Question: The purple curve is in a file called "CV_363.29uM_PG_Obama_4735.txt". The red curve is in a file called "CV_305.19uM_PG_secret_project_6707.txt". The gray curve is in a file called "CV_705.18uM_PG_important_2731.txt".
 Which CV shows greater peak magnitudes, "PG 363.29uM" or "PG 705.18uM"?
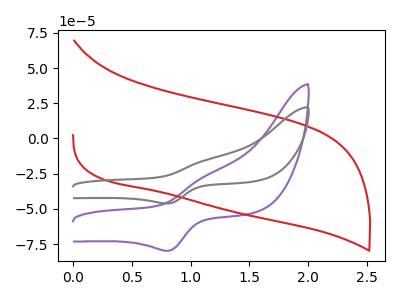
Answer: <think>The purple curve "PG 363.29uM" has an anodic peak at (1.10V, -27.15uA) and a cathodic peak at (0.80V, -79.70uA). The red curve "PG 305.19uM" has no peaks. The gray curve "PG 705.18uM" has an anodic peak at (1.10V, -15.70uA) and a cathodic peak at (0.80V, -46.10uA).</think>
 <answer>The peaks in "PG 363.29uM" are neither all higher or all lower than the peaks in "PG 705.18uM".</answer>
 <eval>mixed</eval>